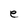
Character: e